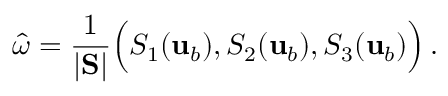
\boldsymbol { \hat { \omega } } = \frac { 1 } { | \mathbf { S } | } \Big ( S _ { 1 } ( { \mathbf { u } } _ { b } ) , S _ { 2 } ( { \mathbf { u } } _ { b } ) , S _ { 3 } ( { \mathbf { u } } _ { b } ) \Big ) \, .